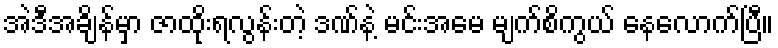
အဲဒီအချိန်မှာ ဇာထိုးရလွန်းတဲ့ ဒဏ်နဲ့ မင်းအမေ မျက်စိကွယ် နေလောက်ပြီ။